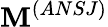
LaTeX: \mathbf{M}^{(ANSJ)}